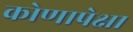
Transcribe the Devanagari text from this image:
कोणापेक्षा